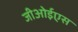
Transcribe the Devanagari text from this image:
जीओईएस